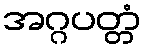
အဂ္ဂပတ္တံ